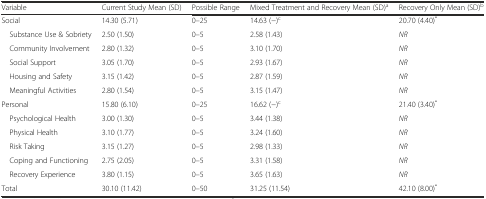
<table><thead><tr><td><b>Variable</b></td><td><b>Current Study Mean (SD)</b></td><td><b>Possible Range</b></td><td><b>Mixed Treatment and Recovery Mean (SD)<sup>a</sup></b></td><td><b>Recovery Only Mean (SD)<sup>b</sup></b></td></tr></thead><tbody><tr><td>Social</td><td>14.30 (5.71)</td><td>0–25</td><td>14.63 (−)<sup>c</sup></td><td>20.70 (4.40)<sup>*</sup></td></tr><tr><td> Substance Use &amp; Sobriety</td><td>2.50 (1.50)</td><td>0–5</td><td>2.58 (1.43)</td><td><i>NR</i></td></tr><tr><td> Community Involvement</td><td>2.80 (1.32)</td><td>0–5</td><td>3.10 (1.70)</td><td><i>NR</i></td></tr><tr><td> Social Support</td><td>3.05 (1.70)</td><td>0–5</td><td>2.93 (1.67)</td><td><i>NR</i></td></tr><tr><td> Housing and Safety</td><td>3.15 (1.42)</td><td>0–5</td><td>2.87 (1.59)</td><td><i>NR</i></td></tr><tr><td> Meaningful Activities</td><td>2.80 (1.54)</td><td>0–5</td><td>3.15 (1.47)</td><td><i>NR</i></td></tr><tr><td>Personal</td><td>15.80 (6.10)</td><td>0–25</td><td>16.62 (−)<sup>c</sup></td><td>21.40 (3.40)<sup>*</sup></td></tr><tr><td> Psychological Health</td><td>3.00 (1.30)</td><td>0–5</td><td>3.44 (1.38)</td><td><i>NR</i></td></tr><tr><td> Physical Health</td><td>3.10 (1.77)</td><td>0–5</td><td>3.24 (1.60)</td><td><i>NR</i></td></tr><tr><td> Risk Taking</td><td>3.15 (1.27)</td><td>0–5</td><td>2.98 (1.33)</td><td><i>NR</i></td></tr><tr><td> Coping and Functioning</td><td>2.75 (2.05)</td><td>0–5</td><td>3.31 (1.58)</td><td><i>NR</i></td></tr><tr><td> Recovery Experience</td><td>3.80 (1.15)</td><td>0–5</td><td>3.65 (1.63)</td><td><i>NR</i></td></tr><tr><td>Total</td><td>30.10 (11.42)</td><td>0–50</td><td>31.25 (11.54)</td><td>42.10 (8.00)<sup>*</sup></td></tr></tbody></table>